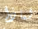
لماذا